Indian journal of veterinary science and animal husbandry - Volumes 28-29, 1958-1959
Year: 1958
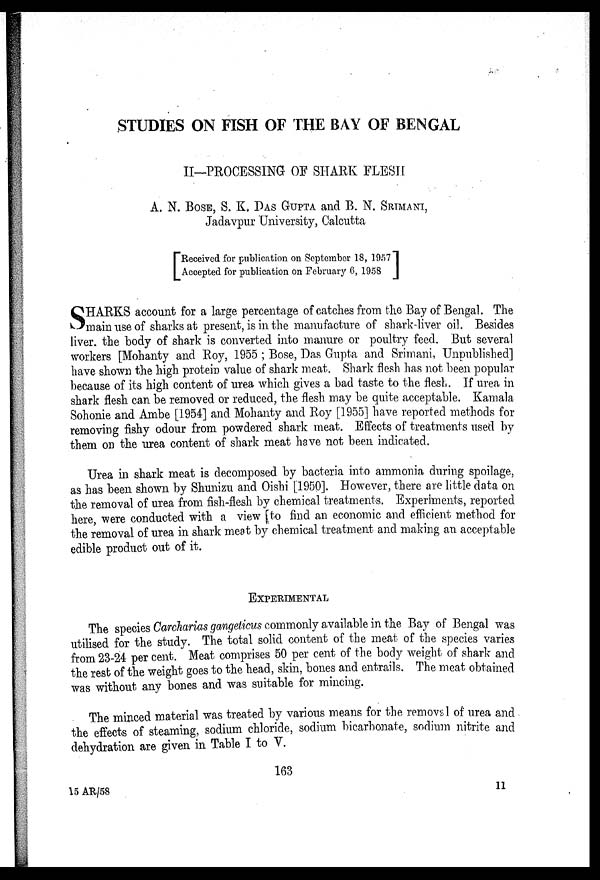
STUDIES ON FISH OF THE BAY OF BENGAL
II—PROCESSING OF SHARK FLESH
A. N. BOSE, S. K. DAS GUPTA and B. N. SRIMANI,
Jadavpur University, Calcutta
[ Received for publication on September 18, 1957
Accepted for publication on February 6,
1958]
S HARKS account for a large percentage of catches from the Bay of Bengal. The
main use of sharks at present, is in the manufacture of shark-liver oil. Besides
liver, the body of shark is converted into manure or poultry feed. But several
workers [Mohanty and Roy, 1955 ; Bose, Das Gupta and Srimani, Unpublished]
have shown the high protein value of shark meat. Shark flesh has not been popular
because of its high content of urea which gives a bad taste to the flesh. If urea in
shark flesh can be removed or reduced, the flesh may be quite acceptable. Kamala
Sohonie and Ambe [1954] and Mohanty and Roy [1955] have reported methods for
removing fishy odour from powdered shark meat. Effects of treatments used by
them on the urea content of shark meat have not been indicated.
Urea in shark meat is decomposed by bacteria into ammonia during spoilage,
as has been shown by Shunizu and Oishi [1950]. However, there are little data on
the removal of urea from fish-flesh by chemical treatments. Experiments, reported
here were conducted with a view to find an economic and efficient method for
the removal of urea in shark meat by chemical treatment and making an acceptable
edible product out of it.
EXPERIMENTAL
The species Carcharias gangeticus commonly available in the Bay of Bengal was
utilised for the study. The total solid content of the meat of the species varies
from 23-24 per cent. Meat comprises 50 per cent of the body weight of shark and
the rest of the weight goes to the head, skin, bones and entrails. The meat obtained
was without any bones and was suitable for mincing.
The minced material was treated by various means for the removal of urea and
the effects of steaming, sodium chloride, sodium bicarbonate, sodium nitrite and
dehydration are given in Table I to V.
163
15 AR/58
11